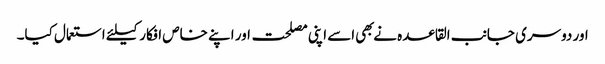
اور دوسری جانب القاعده نے بهی اسے اپنی مصلحت اور اپنے خاص افکار کیلئے استعمال کیا۔